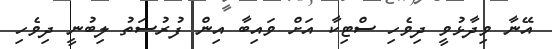
އޭނާ ވިދާޅުވީ ދިވެހި ސްޓިކާ އަށް ވައިބާ އިން ފުރުސަތު ލިބުނީ ދިވެހި